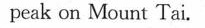
peak on Mount Tai.